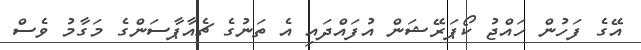
އޭގެ ފަހުން ހައްޖު ކޯޕަރޭޝަން އުފައްދައި އެ ތަނުގެ ޗެއާޕާސަންގެ މަގާމު ވެސް